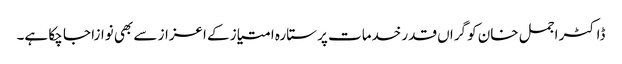
ڈاکٹر اجمل خان کو گراں قدر خدمات پر ستارہ امتیاز کے اعزاز سے بھی نوازا جا چکا ہے۔